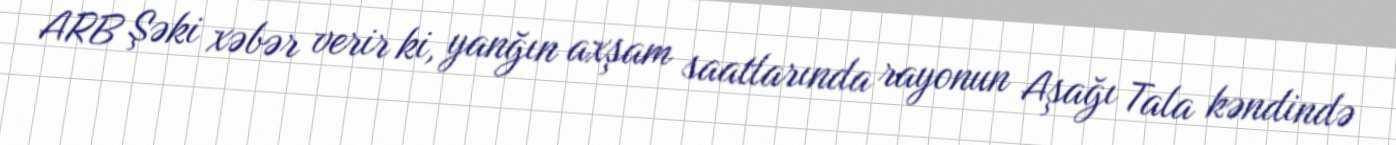
ARB Şəki xəbər verir ki, yanğın axşam saatlarında rayonun Aşağı Tala kəndində